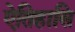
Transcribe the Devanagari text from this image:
ऐतिहासि